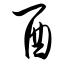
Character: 酉